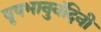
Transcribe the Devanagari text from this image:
वृषभानुनंदिनी